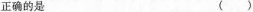
正确的是 ( )